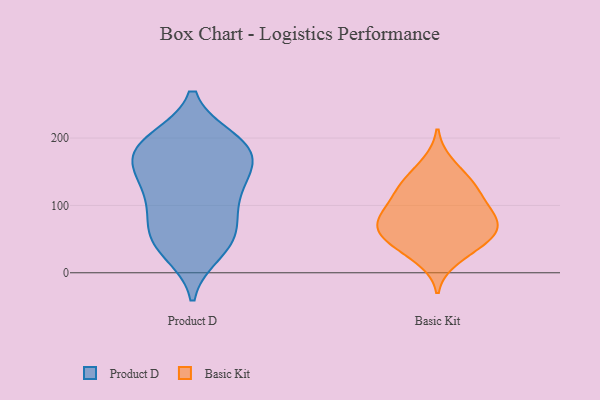
{"axis": {"x": "Waste Production (Tons)", "y": "Value"}, "legend": ["Basic Kit", "Product D"], "data": [{"x": "", "y": 41, "type": "Product D"}, {"x": "", "y": 170, "type": "Product D"}, {"x": "", "y": 166, "type": "Product D"}, {"x": "", "y": 110, "type": "Product D"}, {"x": "", "y": 31, "type": "Product D"}, {"x": "", "y": 191, "type": "Product D"}, {"x": "", "y": 153, "type": "Product D"}, {"x": "", "y": 74, "type": "Product D"}, {"x": "", "y": 197, "type": "Product D"}, {"x": "", "y": 56, "type": "Product D"}, {"x": "", "y": 192, "type": "Product D"}, {"x": "", "y": 102, "type": "Product D"}, {"x": "", "y": 190, "type": "Product D"}, {"x": "", "y": 147, "type": "Product D"}, {"x": "", "y": 124, "type": "Product D"}, {"x": "", "y": 52, "type": "Product D"}, {"x": "", "y": 38, "type": "Basic Kit"}, {"x": "", "y": 52, "type": "Basic Kit"}, {"x": "", "y": 135, "type": "Basic Kit"}, {"x": "", "y": 163, "type": "Basic Kit"}, {"x": "", "y": 57, "type": "Basic Kit"}, {"x": "", "y": 131, "type": "Basic Kit"}, {"x": "", "y": 20, "type": "Basic Kit"}, {"x": "", "y": 103, "type": "Basic Kit"}, {"x": "", "y": 125, "type": "Basic Kit"}, {"x": "", "y": 76, "type": "Basic Kit"}, {"x": "", "y": 76, "type": "Basic Kit"}, {"x": "", "y": 79, "type": "Basic Kit"}, {"x": "", "y": 47, "type": "Basic Kit"}, {"x": "", "y": 75, "type": "Basic Kit"}, {"x": "", "y": 102, "type": "Basic Kit"}]}